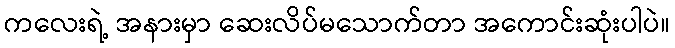
ကလေးရဲ့ အနားမှာ ဆေးလိပ်မသောက်တာ အကောင်းဆုံးပါပဲ။